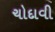
ચોદાવી